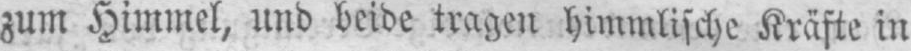
zum Himmel, und beide tragen himmlische Kräfte in